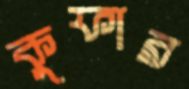
কুফার